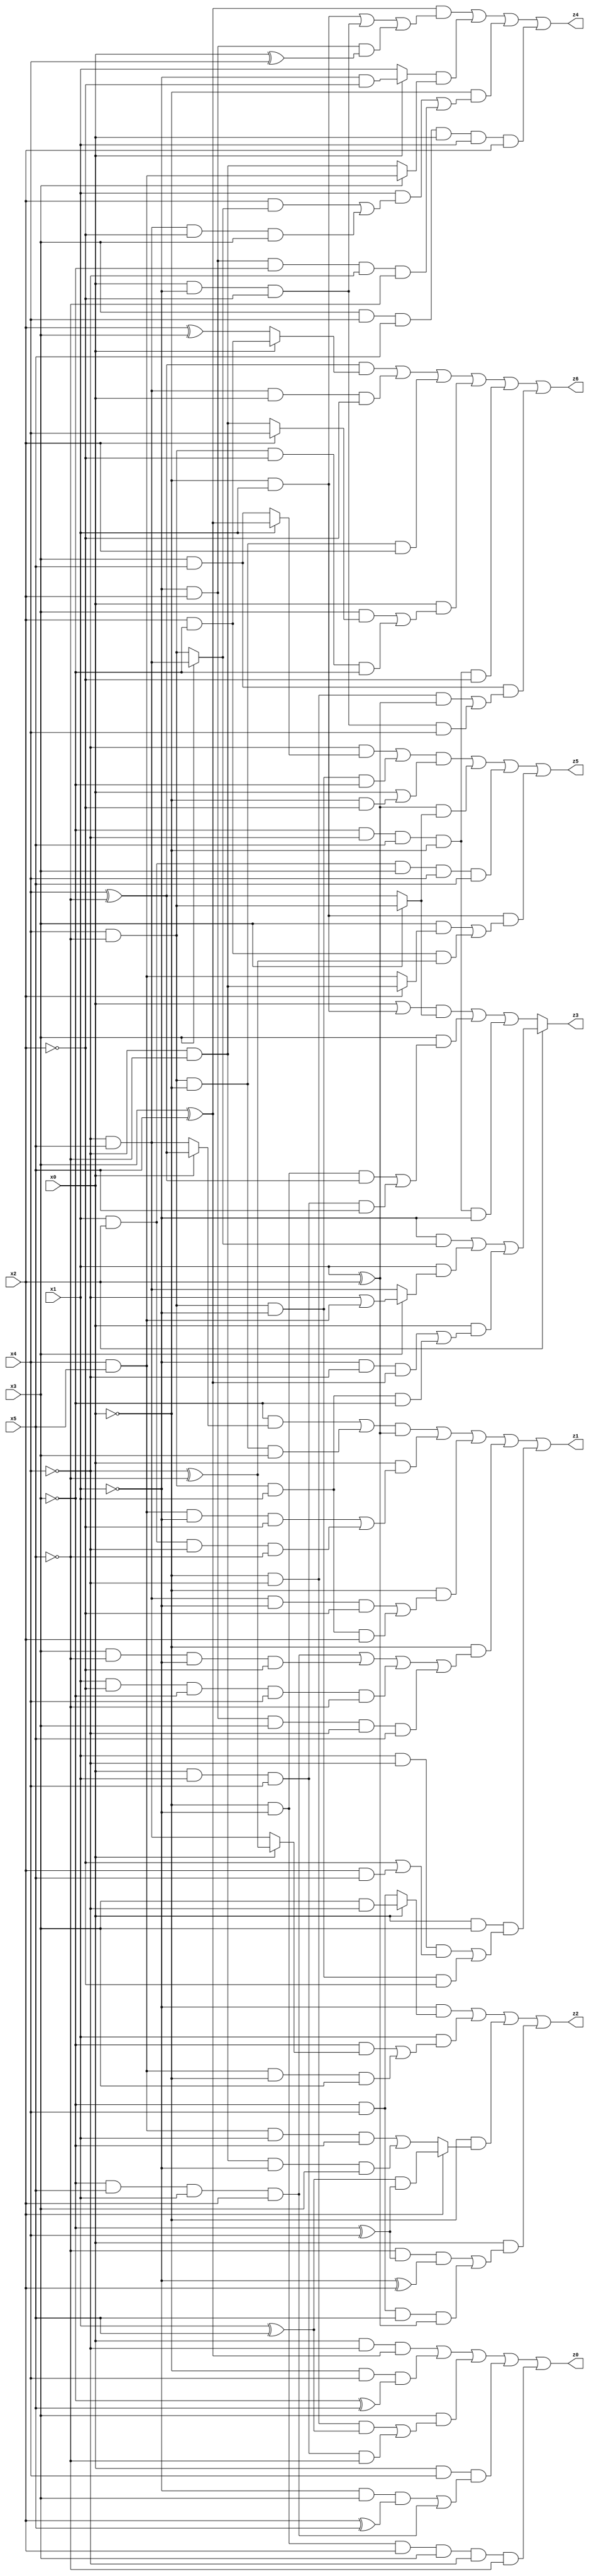
// Benchmark "X_43" written by ABC on Thu Jun 29 21:47:11 2023

module X_43 ( 
    x0, x1, x2, x3, x4, x5,
    z0, z1, z2, z3, z4, z5, z6  );
  input  x0, x1, x2, x3, x4, x5;
  output z0, z1, z2, z3, z4, z5, z6;
  assign z0 = (x0 & ~x4 & (x3 ^ x5)) | (~x0 & x4 & (~x3 ^ x5)) | (x3 & ((~x0 & ~x4 & (x1 ^ x5)) | (x0 & x1 & x4 & ~x5))) | (x0 & x4 & ((~x1 & x3 & (x2 ^ x5)) | (~x3 & x5 & x1 & x2))) | (~x0 & ~x1 & x2 & x3 & ~x4 & ~x5);
  assign z1 = (((~x3 & (x0 ? (x4 ^ ~x5) : (~x4 & x5))) | (x4 & ~x5 & ~x0 & x3)) & (x1 ^ x2)) | (x0 & ((x4 & x5 & ~x1 & ~x2) | (x1 & x2 & ~x4 & ~x5))) | (~x0 & ((~x4 & x5 & ~x1 & ~x2) | (x4 & ~x5 & x1 & x2))) | (~x0 & ((~x3 & x5 & x1 & x2) | (x3 & ~x5 & ~x1 & ~x2) | (x1 & ~x2 & ~x3 & x4 & ~x5) | (~x1 & x2 & x3 & ~x4 & x5))) | (x0 & x3 & ((x1 & ~x4 & (~x2 | (x2 & x5))) | (x4 & ~x5 & ~x1 & ~x2)));
  assign z2 = (~x1 & (x0 ? (x3 & ~x4) : (~x3 & x4))) | (x1 & ((~x3 & (x0 ? (~x4 ^ ~x5) : (~x4 & x5))) | (x4 & x5 & ~x0 & x3))) | (~x0 & (x2 ? ((x1 ^ x5) & (~x3 ^ x4)) : ((x4 & x5 & x1 & ~x3) | (~x4 & ~x5 & ~x1 & x3)))) | (x0 & ((~x5 & (~x3 ^ x4) & (~x1 ^ x2)) | (~x3 & x4 & x5 & (x1 ^ x2))));
  assign z3 = x2 ? ((~x1 & (x3 ? (~x4 & x5) : (x4 & ~x5))) | (x1 & (x3 ? (~x4 | (x4 & x5)) : (~x4 & x5))) | (x0 & ((~x1 & ~x4 & (x3 ^ x5)) | (x4 & ~x5 & x1 & ~x3)))) : (((x0 | (~x0 & x1)) & (x3 ? (x4 & ~x5) : (x4 ^ ~x5))) | (x3 & ((~x0 & ~x1 & (x4 ^ ~x5)) | (x0 & x1 & x4 & x5))) | (~x3 & ~x4 & x5 & ~x0 & ~x1));
  assign z4 = ((x3 ^ x5) & ((~x0 & x1) | (x0 & ~x1 & ~x2) | (~x1 & x2 & (x0 ^ x4)))) | ((x0 ? (~x1 & ~x2) : x1) & (x3 ? (x4 & x5) : (~x4 & ~x5))) | (~x0 & ((x1 & ((x2 & (x3 ? (~x4 & x5) : (x4 & ~x5))) | (~x4 & x5 & ~x2 & x3))) | (~x1 & x2 & ~x3 & ~x4 & ~x5))) | (x3 & x4 & x5 & x0 & x1 & x2);
  assign z5 = (((~x4 & (x1 ? (x3 ^ x5) : (x3 & x5))) | (x4 & ~x5 & ~x1 & ~x3)) & (x0 | (~x0 & ~x2))) | ((x1 ^ x2) & (x3 ? (x4 & ~x5) : (x4 ^ ~x5))) | (x1 & x2 & x3 & x4 & x5) | (~x0 & x1 & ((x3 & (x2 ? (~x4 & ~x5) : (x4 & x5))) | (x2 & ~x3 & (~x4 ^ ~x5))));
  assign z6 = ((x4 ^ ~x5) & (x0 ? (x2 & ~x3) : (x2 ^ x3))) | (~x4 & x5 & x0 & ~x2) | (x4 & ~x5 & ~x0 & x2) | (x0 & ((x3 & (x2 ? x4 : (~x4 & ~x5))) | (x4 & ~x5 & ~x2 & ~x3))) | (~x3 & ~x4 & x5 & ~x0 & ~x2) | (x3 & x5 & ((~x0 & ~x4 & (x1 ^ x2)) | (x0 & ~x1 & ~x2 & x4)));
endmodule